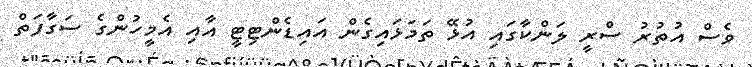
ވެސް އުތުރު ސްރީ ލަންކާގައި އުޅޭ ތަމަޅައިގެން އައިޑެންޓިޓީ އާއި އެމީހުންގެ ސަގާފަތް